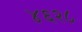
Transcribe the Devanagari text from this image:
४६२८